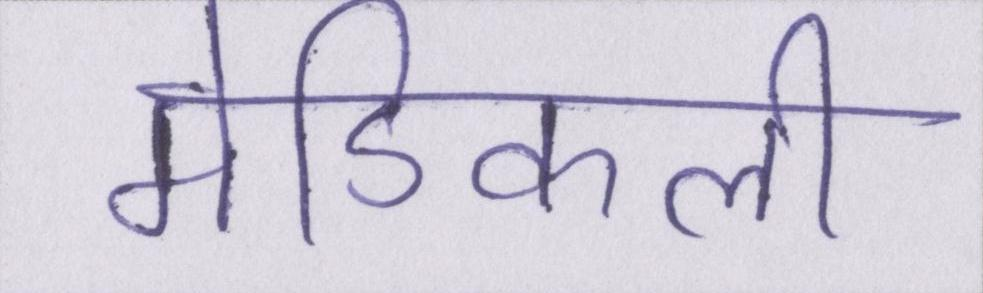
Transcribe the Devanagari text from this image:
मेडिकली